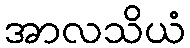
အာလသိယံ